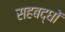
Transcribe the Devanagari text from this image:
सहबद्धों